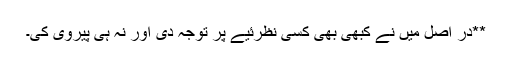
**در اصل میں نے کبھی بھی کسی نظرئیے پر توجہ دی اور نہ ہی پیروی کی۔